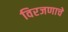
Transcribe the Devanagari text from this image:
विरजणाचे